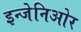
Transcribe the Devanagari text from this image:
इन्जेनिओर